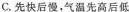
C.先快后慢，气温先高后低